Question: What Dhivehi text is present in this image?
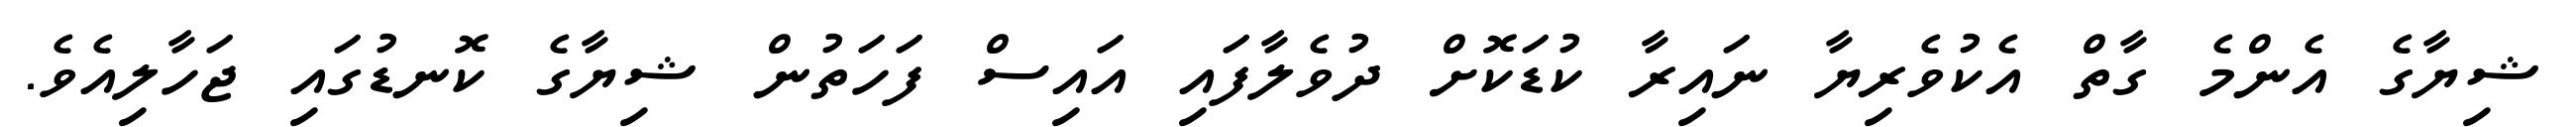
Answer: ޝިޔާގެ އެންމެ ގާތް އެކުވެރިޔާ ނައިރާ ކުޑަކޮށް ދުވެލާފައި އައިސް ފަހަތުން ޝިޔާގެ ކޮނޑުގައި ޖަހާލިއެވެ.